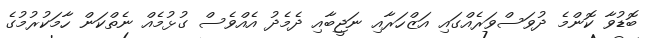
ބޮޑުވާ ކޮންމެ ދުވަސްވަރެއްގައި އަޒްހަރާއި ނަޖީބާއި ދެމެދު އެއްވެސް ގުޅުމެއް ނެތްކަން ހާމަކުރުމުގެ